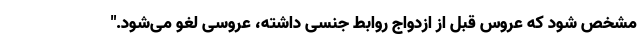
مشخص شود که عروس قبل از ازدواج روابط جنسی داشته، عروسی لغو می‌شود."